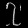
Digit: ၇